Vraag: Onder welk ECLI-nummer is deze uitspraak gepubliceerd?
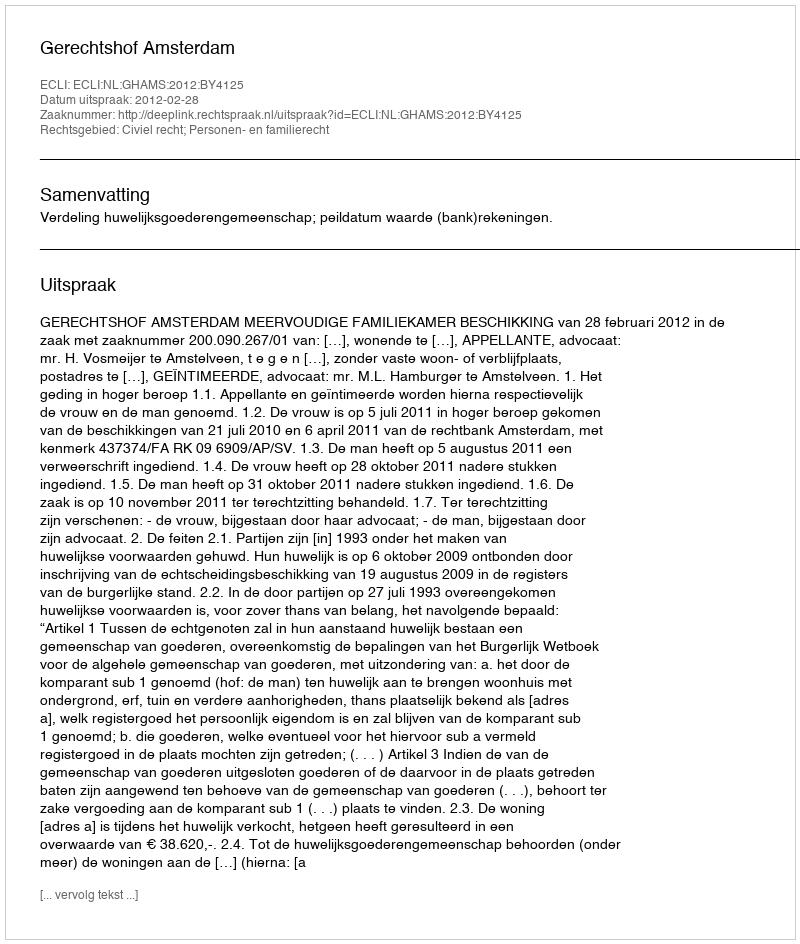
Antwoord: ECLI:NL:GHAMS:2012:BY4125